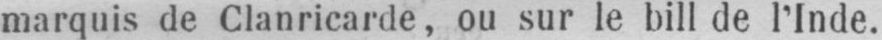
marquis de Clanricarde, ou sur le bill de l’Inde.